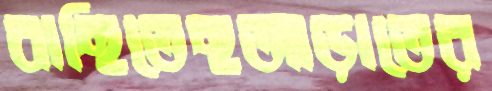
বাছিতেছআড়াতের